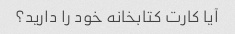
آیا کارت کتابخانه خود را دارید؟